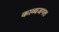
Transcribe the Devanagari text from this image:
काव्यजगत